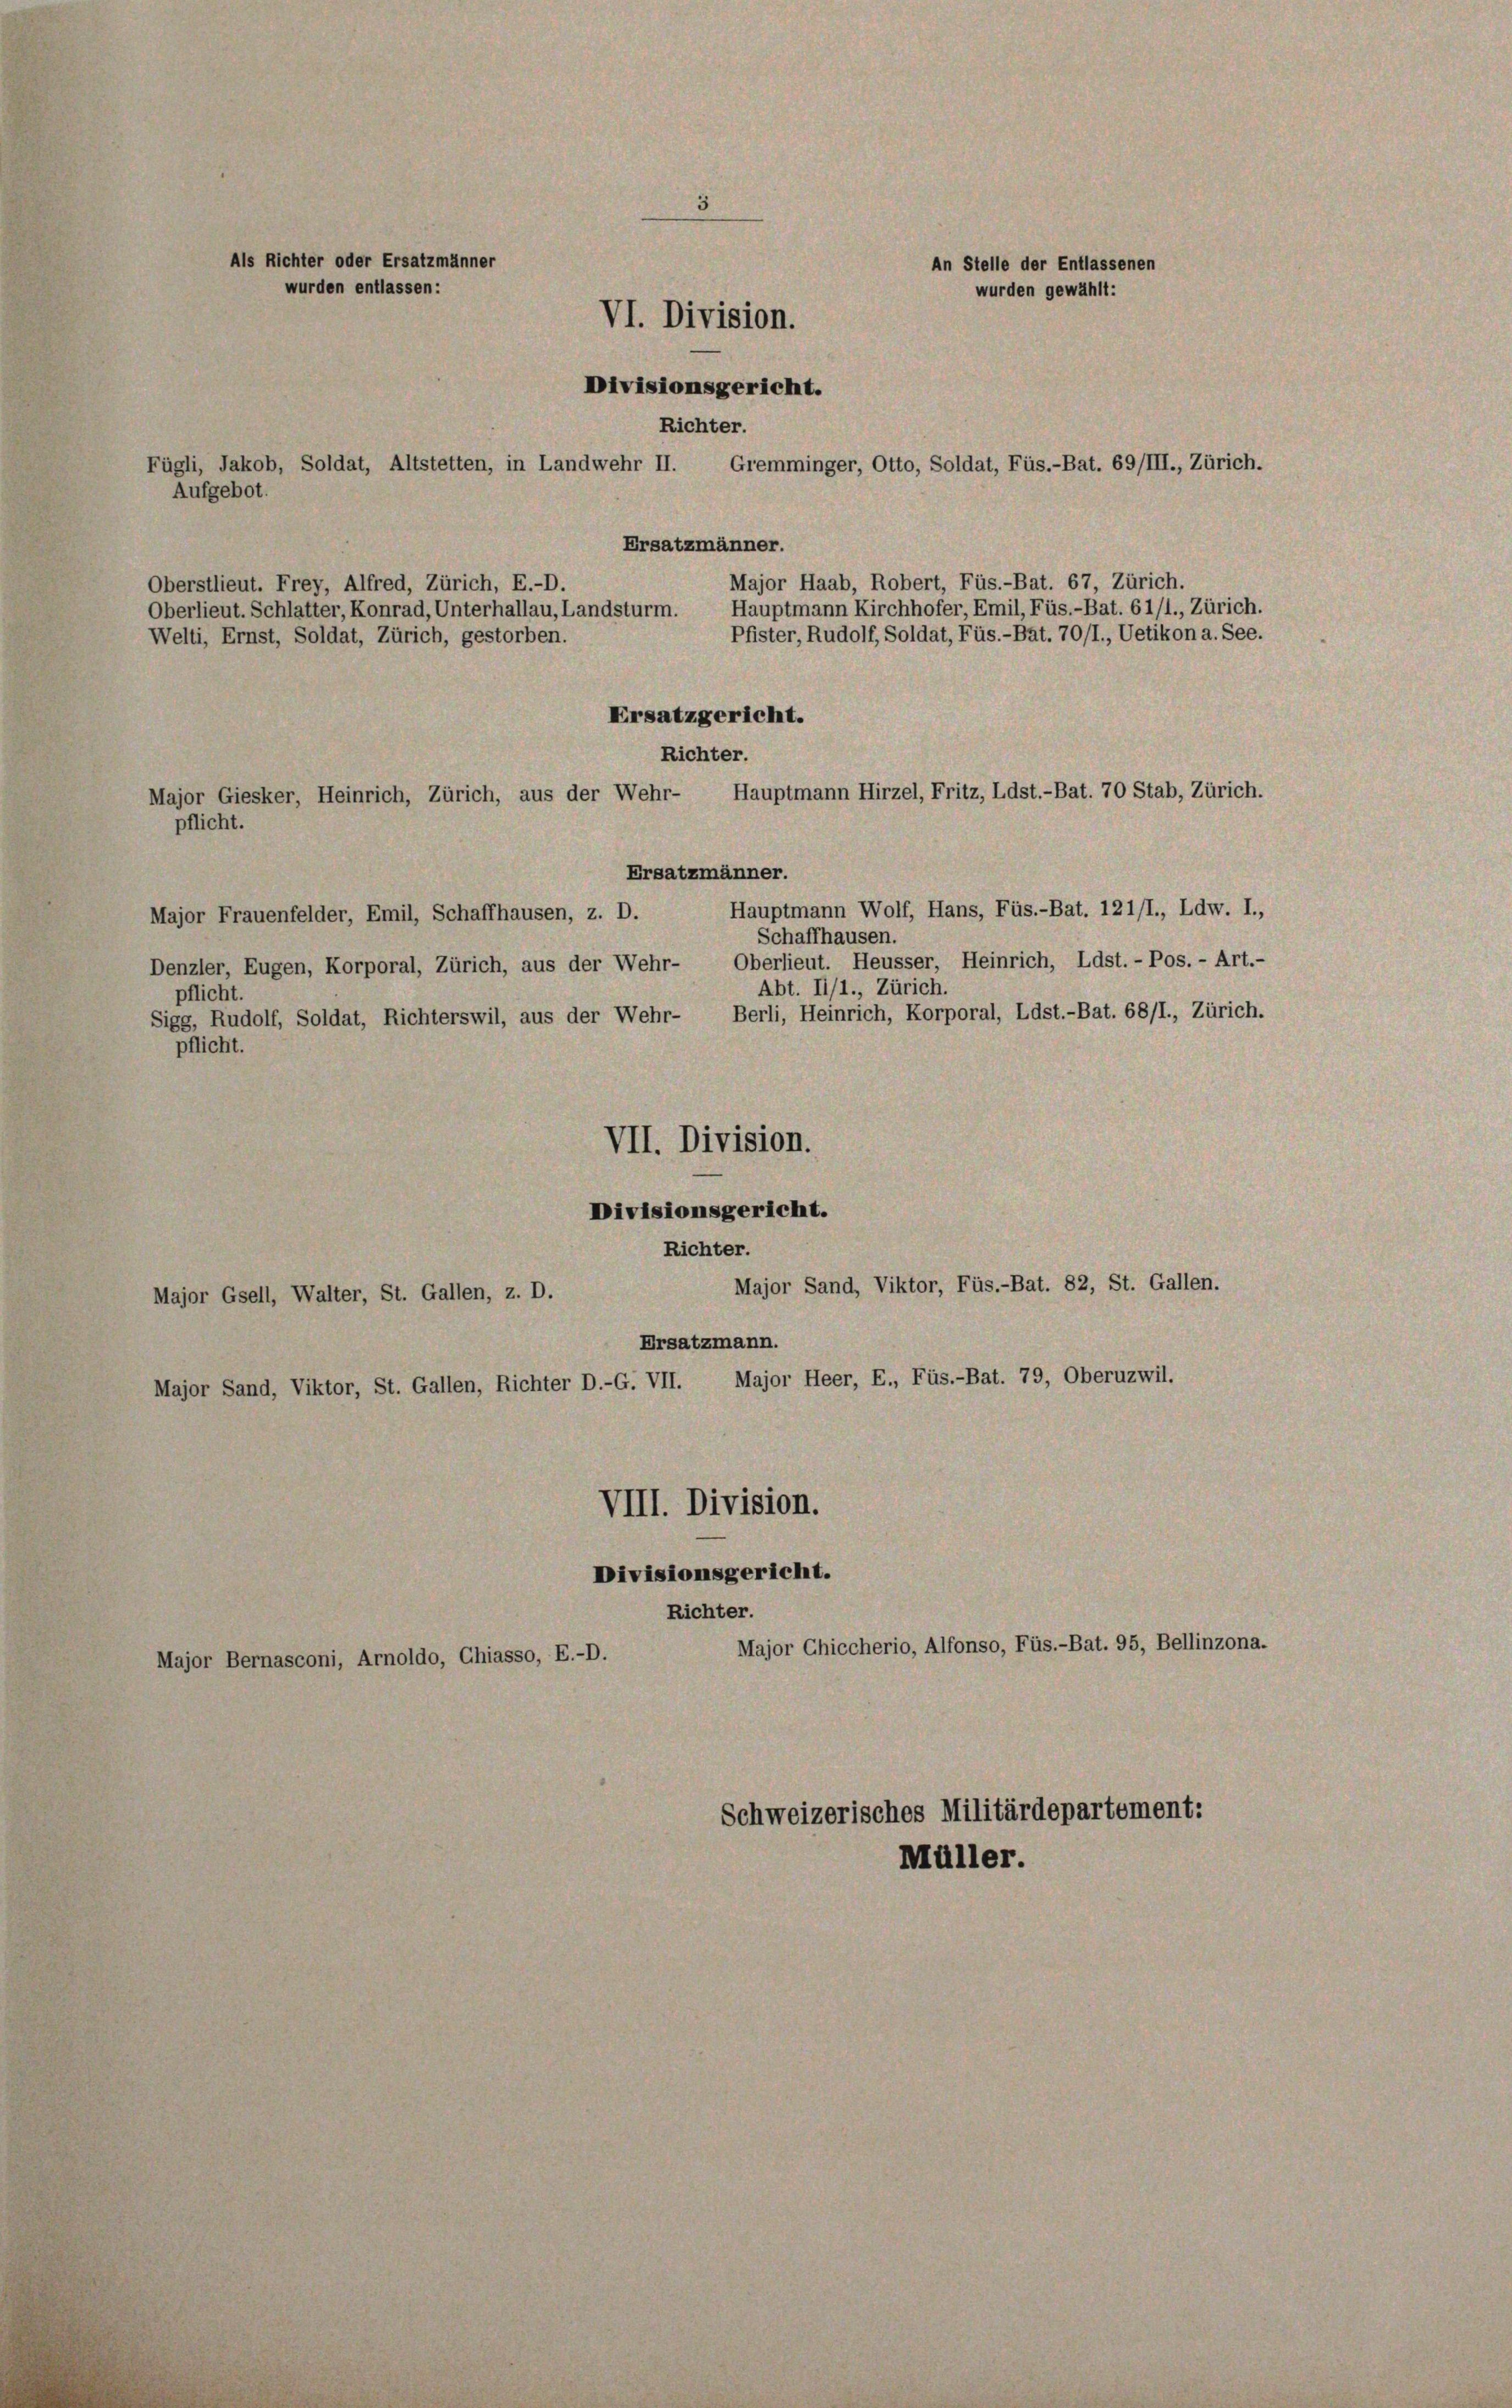
Als Richter oder Ersatzmänner
An Stelle der Entlassenen
wurden entlassen:
wurden gewählt:
VI. Division.
Divisionsgericht.
Richter.
Fügli, Jakob, Soldat, Altstetten, in Landwehr II.
Gremminger, Otto, Soldat, Füs.-Bat. 69/III., Zürich.
Aufgebot.
Ersatzmänner.
Major Haab, Robert, Füs.-Bat. 67, Zürich.
Oberstlieut. Frey, Alfred, Zürich, E.-D.
Hauptmann Kirchhofer, Emil, Füs.-Bat. 61/1., Zürich.
Oberlieut. Schlatter, Konrad, Unterhallau, Landsturm.
Pfister, Rudolf, Soldat, Füs.-Bat. 70/I., Uetikon a. See.
Welti, Ernst, Soldat, Zürich, gestorben.

Major Giesker, Heinrich, Zürich, aus der Wehr-
pflicht.

Ersatzgericht.

Hauptmann Hirzel, Fritz, Ldst.-Bat. 70 Stab, Zürich.

Schweizerisches Militärdepartement:
Müller.

Richter.
Ersatzmänner.
Hauptmann Wolf, Hans, Füs.-Bat. 121/I., Ldw. I.,
Major Frauenfelder, Emil, Schaffhausen, z. D.
Schaffhausen.
Denzler, Eugen, Korporal, Zürich, aus der Wehr- Oberlieut. Heusser, Heinrich, Ldst.-Pos.- Art.-
Abt. II/1., Zürich.
pflicht.
Berli, Heinrich, Korporal, Ldst.-Bat. 68/I., Zürich.
Sigg, Rudolf, Soldat, Richterswil, aus der Wehr-
pflicht.
VII. Division.
Divisionsgericht.
Richter.
Major Sand, Viktor, Füs.-Bat. 82, St. Gallen.
Major Gsell, Walter, St. Gallen, z. D.
Ersatzmann.
Major Sand, Viktor, St. Gallen, Richter D.-G. VII. Major Heer, E., Füs.-Bat. 79, Oberuzwil.
VIII. Division.
Divisionsgericht.
Richter.
Major Chiccherio, Alfonso, Füs.-Bat. 95, Bellinzona.
Major Bernasconi, Arnoldo, Chiasso, E.-D.